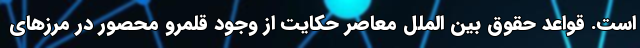
است. قواعد حقوق بین الملل معاصر حکایت از وجود قلمرو محصور در مرزهای